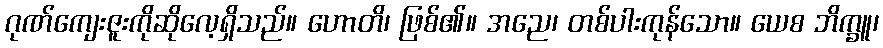
ဂုဏ်ကျေးဇူးကိုဆိုလေ့ရှိသည်။ ဟောတိ၊ ဖြစ်၏။ အညေ၊ တစ်ပါးကုန်သော။ ယေစ ဘိက္ခူ၊